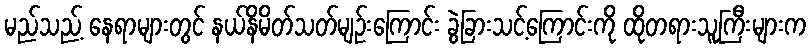
မည်သည့် နေရာများတွင် နယ်နိမိတ်သတ်မျဉ်းကြောင်း ခွဲခြားသင့်ကြောင်းကို ထိုတရားသူကြီးများက